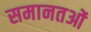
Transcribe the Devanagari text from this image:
समानतओं